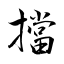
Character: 擋